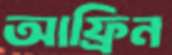
আফ্রিন